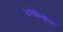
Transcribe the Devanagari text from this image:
अरेबिनोज